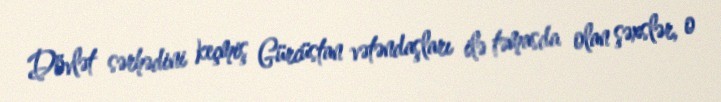
Dövlət sərhədini keçmiş Gürcüstan vətəndaşları ilə təmasda olan şəxslər, o